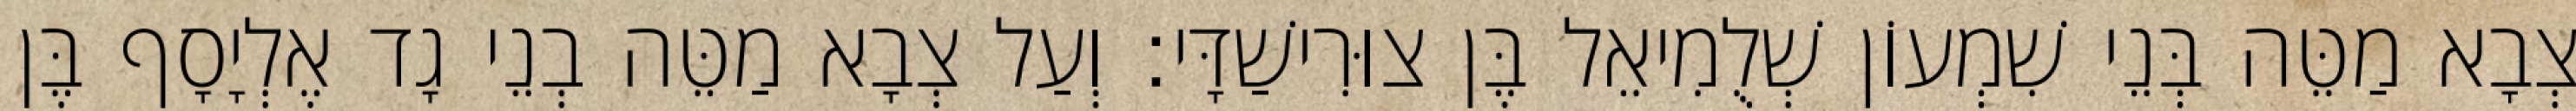
צְבָא מַטֵּה בְּנֵי שִׁמְעוֹן שְׁלֻמִיאֵל בֶּן צוּרִישַׁדָּי׃ וְעַל צְבָא מַטֵּה בְנֵי גָד אֶלְיָסָף בֶּן